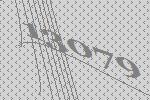
13079